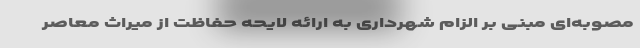
مصوبه‌ای مبنی بر الزام شهرداری به ارائه لایحه حفاظت از میراث معاصر